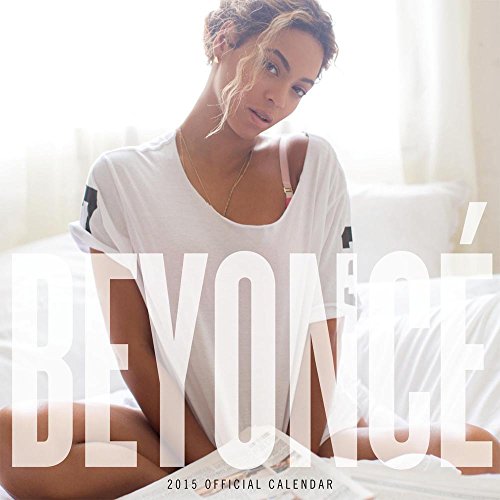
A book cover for BeyoncÃ© 2015 Square 12x12; BrownTrout; Calendars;